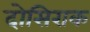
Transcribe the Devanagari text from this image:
दोसिराक